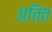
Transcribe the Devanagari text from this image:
अतित